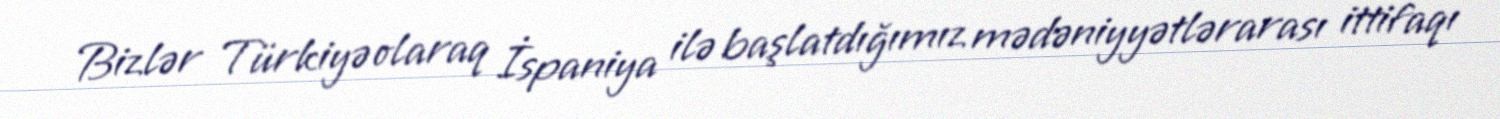
Bizlər Türkiyə olaraq İspaniya ilə başlatdığımız mədəniyyətlərarası ittifaqı